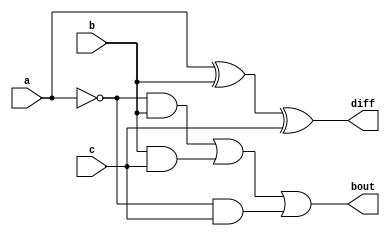
module full_sub(diff,bout,a,b,c);
output diff,bout;
input a,b,c;
wire w1,w2,w3,w4,abar;
xor (diff,w1,c);
xor (w1,a,b);
not (abar,a);
and (w2,abar,b);
and (w3,b,c);
and (w4,abar,c);
or (bout,w2,w3,w4);
endmodule